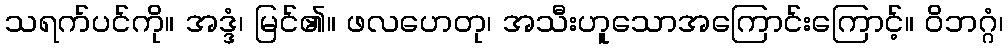
သရက်ပင်ကို။ အဒ္ဒံ၊ မြင်၏။ ဖလဟေတု၊ အသီးဟူသောအကြောင်းကြောင့်။ ဝိဘဂ္ဂံ၊